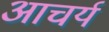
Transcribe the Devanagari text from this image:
आचर्य